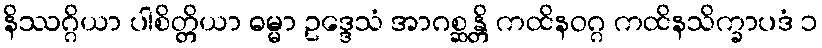
နိဿဂ္ဂိယာ ပါစိတ္တိယာ ဓမ္မာ ဥဒ္ဒေသံ အာဂစ္ဆန္တိ ကထိနဝဂ္ဂ ကထိနသိက္ခာပဒံ ၁